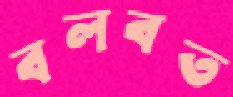
বলবত